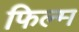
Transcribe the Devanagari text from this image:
फिल्‍म्‍ा